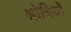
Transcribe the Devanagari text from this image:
श्रोत्रियो